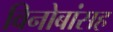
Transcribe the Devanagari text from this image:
विनोबांसह